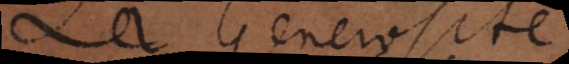
la Generosité